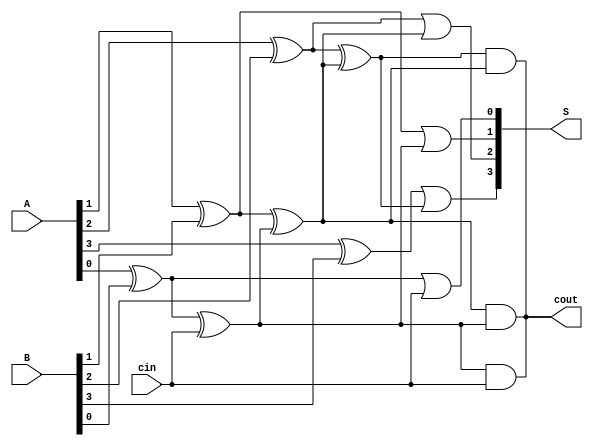
module subtractor(input [3:0] A, B, 
                     input cin, 
                     output [3:0] S, 
                     output cout); 

  wire [3:0] D; 
  wire [2:0] B1; 

  xor U1(D[0], A[0], B[0]); 
  xor U2(D[1], A[1], B[1]); 
  xor U3(D[2], A[2], B[2]); 
  xor U4(D[3], A[3], B[3]); 

  xor U5(B1[0], D[0], cin); 
  xor U6(B1[1], D[1], B1[0]); 
  xor U7(B1[2], D[2], B1[1]); 

  or U8(S[0], D[0], cin); 
  or U9(S[1], D[1], B1[0]); 
  or U10(S[2], D[2], B1[1]); 
  or U11(S[3], D[3], B1[2]); 

  and U12(cout, B1[0], cin); 
  and U13(cout, B1[1], B1[0]); 
  and U14(cout, B1[2], B1[1]); 

endmodule